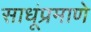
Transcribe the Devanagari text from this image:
साधूंप्रमाणे